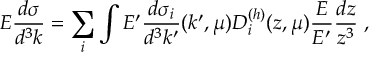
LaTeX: E \frac { d \sigma } { d ^ { 3 } k } = \sum _ { i } \int E ^ { \prime } \frac { d \sigma _ { i } } { d ^ { 3 } k ^ { \prime } } ( k ^ { \prime } , \mu ) D _ { i } ^ { ( h ) } ( z , \mu ) \frac { E } { E ^ { \prime } } \frac { d z } { z ^ { 3 } } \; ,